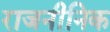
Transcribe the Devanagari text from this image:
राजनीनिक